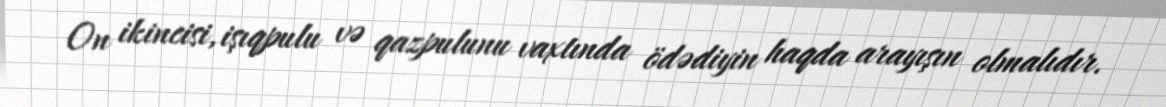
On ikincisi, işıqpulu və qazpulunu vaxtında ödədiyin haqda arayışın olmalıdır.